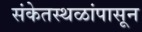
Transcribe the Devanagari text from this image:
संकेतस्थळांपासून